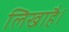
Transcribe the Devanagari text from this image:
लिखाहै।